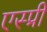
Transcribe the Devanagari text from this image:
एस्प्री